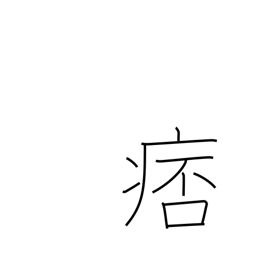
Meaning: costiveness in chest or intestines